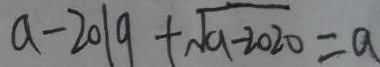
a - 2 0 1 9 + \sqrt { 9 - 2 0 2 0 } = a